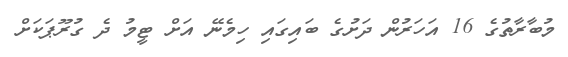
މުބާރާތުގެ 16 އަހަރުން ދަށުގެ ބައިގައި ހިމެނޭ އަށް ޓީމު ދެ ގުރޫޕަކަށް